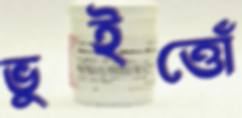
ভুইত্তোঁ